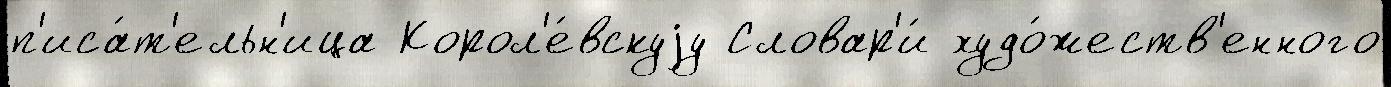
п'иса́т'ельн'ица Корол'е́вскуjу Словар'и́ худо́жеств'енного